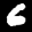
Label: 6